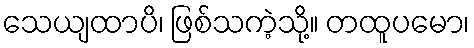
သေယျထာပိ၊ ဖြစ်သကဲ့သို့။ တထူပမော၊